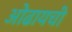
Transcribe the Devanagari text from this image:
ओढायची